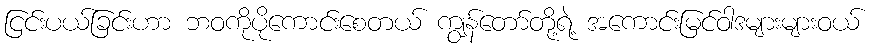
ငြင်းပယ်ခြင်းဟာ ဘဝကိုပိုကောင်းစေတယ် ကျွန်တော်တို့ရဲ့ အကောင်းမြင်ဝါဒများများဝယ်